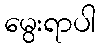
မွေးရာပါ